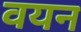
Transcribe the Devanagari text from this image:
वयन